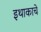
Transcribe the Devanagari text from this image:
इथाकाचे